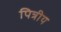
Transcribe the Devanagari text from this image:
पित्रीय